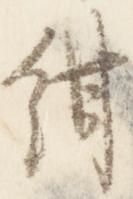
紺